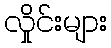
လှိုင်းများ